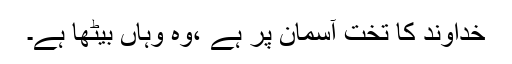
خداوند کا تخت آسمان پر ہے ،وہ وہاں بیٹھا ہے۔